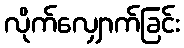
လိုက်လျှောက်ခြင်း